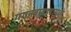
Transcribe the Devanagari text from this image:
गगनबावड्यामध्ये